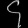
Digit: ၄